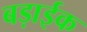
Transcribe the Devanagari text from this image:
बड़ाईक